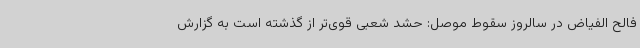
فالح الفیاض در سالروز سقوط موصل: حشد شعبی قوی‌تر از گذشته است به گزارش